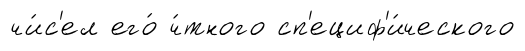
чи́с'ел его́ ч́тного сп'ециф'и́ческого